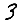
Digit: 3